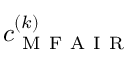
c _ { \mathrm { ~ M ~ F ~ A ~ I ~ R ~ } } ^ { ( k ) }